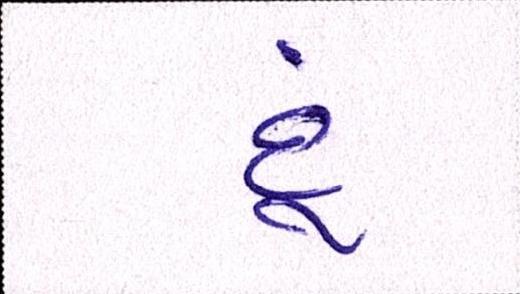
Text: દૂં